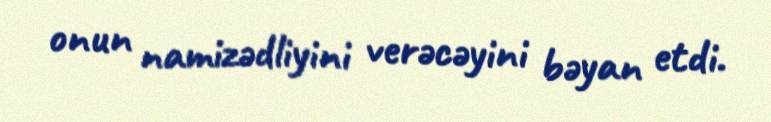
onun namizədliyini verəcəyini bəyan etdi.